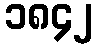
၁၈၄၂